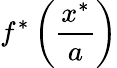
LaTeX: f^{*}\left({\frac{x^{*}}{a}}\right)